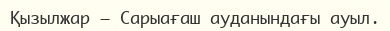
Қызылжар — Сарыағаш ауданындағы ауыл.